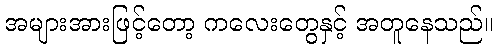
အများအားဖြင့်တော့ ကလေးတွေနှင့် အတူနေသည်။